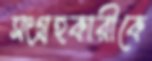
সংগ্রহকারীকে